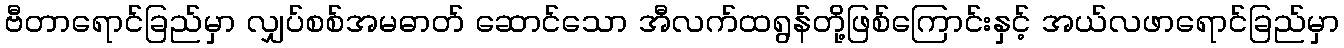
ဗီတာရောင်ခြည်မှာ လျှပ်စစ်အမဓာတ် ဆောင်သော အီလက်ထရွန်တို့ဖြစ်ကြောင်းနှင့် အယ်လဖာရောင်ခြည်မှာ